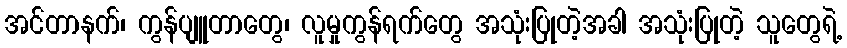
အင်တာနက်၊ ကွန်ပျူတာတွေ၊ လူမှုကွန်ရက်တွေ အသုံးပြုတဲ့အခါ အသုံးပြုတဲ့ သူတွေရဲ့